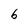
Character: b